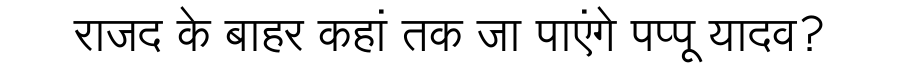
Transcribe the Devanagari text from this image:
राजद के बाहर कहां तक जा पाएंगे पप्पू यादव?